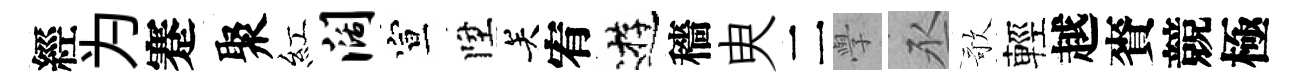
經为蹇聚紅阔宣陞关宥逰穡㬰二𭓕丞歌輕越賚競極